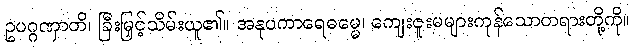
ဥပဂ္ဂဏှာတိ၊ ခြီးမြှင့်သိမ်းယူ၏။ အနုပကာရေဓမ္မေ၊ ကျေးဇူးမများကုန်သောတရားတို့ကို။